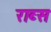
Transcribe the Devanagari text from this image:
राब्स